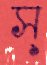
স্